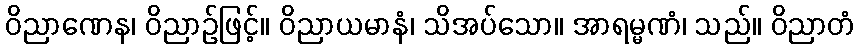
ဝိညာဏေန၊ ဝိညာဉ်ဖြင့်။ ဝိညာယမာနံ၊ သိအပ်သော။ အာရမ္မဏံ၊ သည်။ ဝိညာတံ